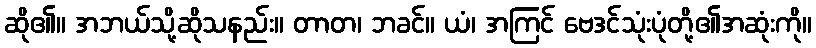
ဆို၏။ အဘယ်သို့ဆိုသနည်း။ တာတ၊ ဘခင်။ ယံ၊ အကြင် ဗေဒင်သုံးပုံတို့၏အဆုံးကို။